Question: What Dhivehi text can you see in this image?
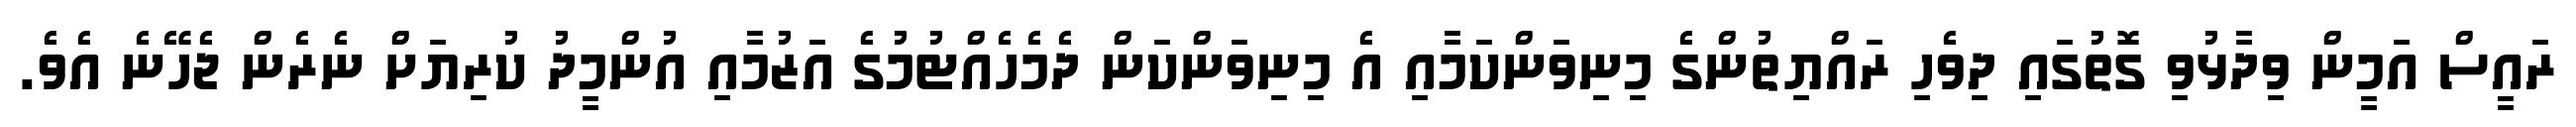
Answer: ރައީސް އަމީން ވިދާޅުވި ގޮތުގައި ދިވެހި ރައްޔިތުންގެ މިނިވަންކަމާއި އެ މިނިވަންކަން ދެމެހެއްޓުމުގެ އަޒުމާއި އުންމީދު ކުރިޔަށް ނެރެން ޖެހޭނެ އެވެ.